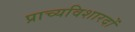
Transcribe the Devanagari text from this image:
प्राच्यविशारदों